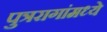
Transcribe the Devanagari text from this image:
पुत्ररागांमध्ये